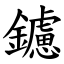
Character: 鑢